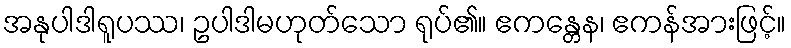
အနုပါဒါရူပဿ၊ ဥပါဒါမဟုတ်သော ရုပ်၏။ ဧကန္တေန၊ ဧကန်အားဖြင့်။